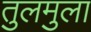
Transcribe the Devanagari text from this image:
तुलमुला